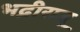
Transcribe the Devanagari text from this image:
भद्रीराजू